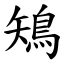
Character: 鴙